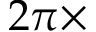
2 \pi \times